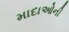
માદાઓની